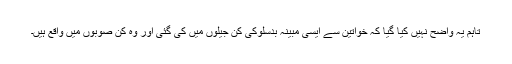
تاہم یہ واضح نہیں کیا گیا کہ خواتین سے ایسی مبینہ بدسلوکی کن جیلوں میں کی گئی اور وہ کن صوبوں میں واقع ہیں۔